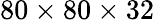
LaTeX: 80\times 80\times 32